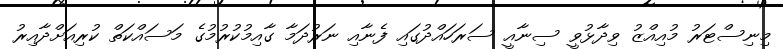
މިނިސްޓަރު މުއިއްޒު ވިދާޅުވީ ސިނާއީ ސަރަހައްދުގައި ފެނާއި ނަރުދަމާ ގާއިމުކުރުމުގެ މަސައްކަތް ކުރިއަށްދާއިރު